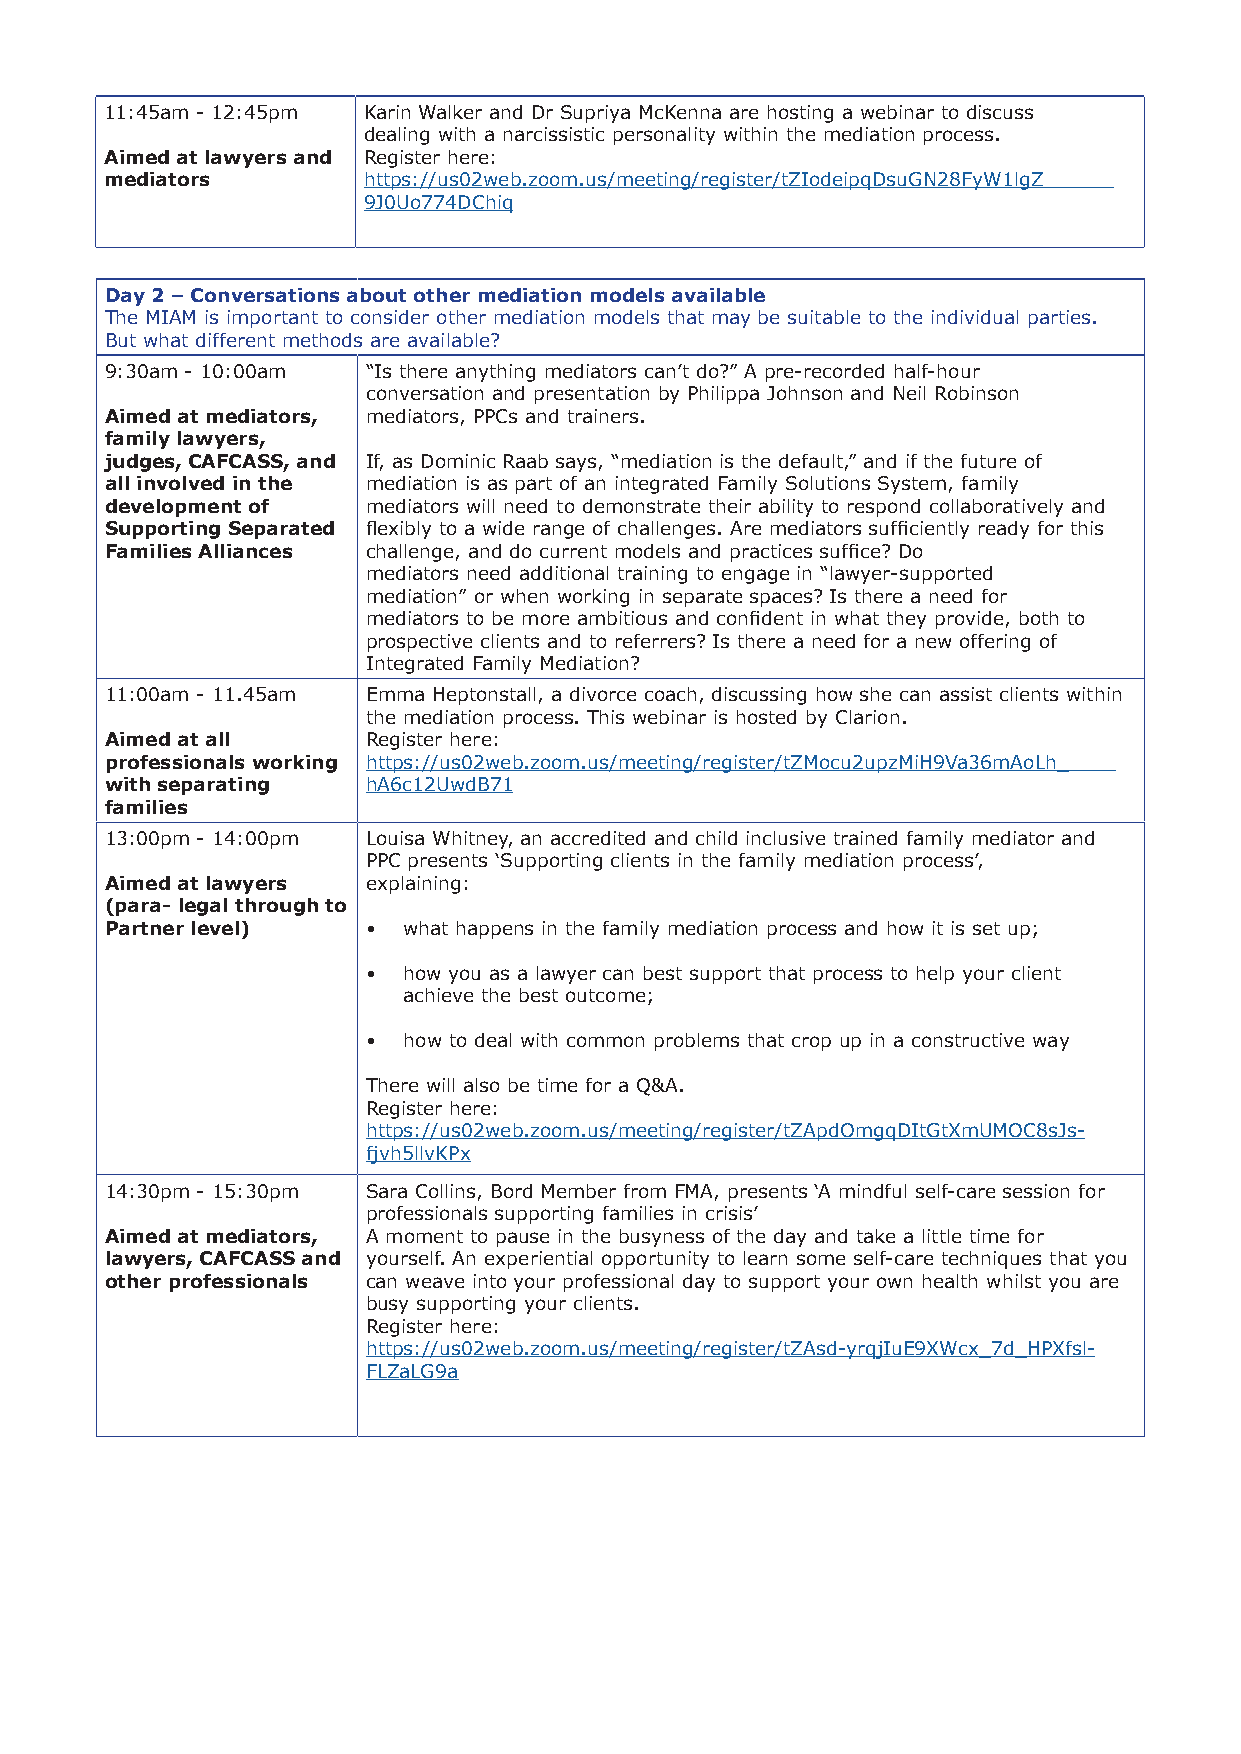
11:45am - 12:45pm Karin Walker and Dr Supriya McKenna are hosting a webinar to discuss
 dealing with a narcissistic personality within the mediation process.
 Aimed at lawyers and Register here:
 mediators        https://us02web.zoom.us/meeting/register/tZIodeipqDsuGN28FyW1lgZ
 9J0Uo774DChiq
 Day 2 – Conversations about other mediation models available
 The MIAM is important to consider other mediation models that may be suitable to the individual parties.
 But what different methods are available?
 9:30am - 10:00am “Is there anything mediators can’t do?” A pre-recorded half-hour
 conversation and presentation by Philippa Johnson and Neil Robinson
 Aimed at mediators, mediators, PPCs and trainers.
 family lawyers,
 judges, CAFCASS, and If, as Dominic Raab says, “mediation is the default,” and if the future of
 all involved in the mediation is as part of an integrated Family Solutions System, family
 development of   mediators will need to demonstrate their ability to respond collaboratively and
 Supporting Separated flexibly to a wide range of challenges. Are mediators sufficiently ready for this
 Families Alliances challenge, and do current models and practices suffice? Do
 mediators need additional training to engage in “lawyer-supported
 mediation” or when working in separate spaces? Is there a need for
 mediators to be more ambitious and confident in what they provide, both to
 prospective clients and to referrers? Is there a need for a new offering of
 Integrated Family Mediation?
 11:00am - 11.45am Emma Heptonstall, a divorce coach, discussing how she can assist clients within
 the mediation process. This webinar is hosted by Clarion.
 Aimed at all     Register here:
 professionals working https://us02web.zoom.us/meeting/register/tZMocu2upzMiH9Va36mAoLh_
 with separating  hA6c12UwdB71
 families
 13:00pm - 14:00pm Louisa Whitney, an accredited and child inclusive trained family mediator and
 PPC presents ‘Supporting clients in the family mediation process’,
 Aimed at lawyers explaining:
 (para- legal through to
 Partner level)   •  what happens in the family mediation process and how it is set up;
 •  how you as a lawyer can best support that process to help your client
 achieve the best outcome;
 •  how to deal with common problems that crop up in a constructive way
 There will also be time for a Q&A.
 Register here:
 https://us02web.zoom.us/meeting/register/tZApdOmgqDItGtXmUMOC8sJs-
 fjvh5llvKPx
 14:30pm - 15:30pm Sara Collins, Bord Member from FMA, presents ‘A mindful self-care session for
 professionals supporting families in crisis’
 Aimed at mediators, A moment to pause in the busyness of the day and take a little time for
 lawyers, CAFCASS and yourself. An experiential opportunity to learn some self-care techniques that you
 other professionals can weave into your professional day to support your own health whilst you are
 busy supporting your clients.
 Register here:
 https://us02web.zoom.us/meeting/register/tZAsd-yrqjIuE9XWcx_7d_HPXfsl-
 FLZaLG9a